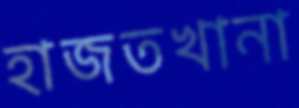
হাজতখানা